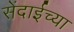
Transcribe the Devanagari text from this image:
सेंदाईच्या